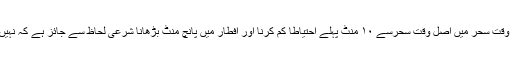
- وقت سحر میں اصل وقت سحرسے ۱۰ منٹ پہلے احتیاطاً کم کرنا اور افطار میں پانچ منٹ بڑھانا شرعی لحاظ سے جائز ہے کہ نہیں؟